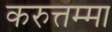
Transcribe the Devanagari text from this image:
करुत्तम्मा